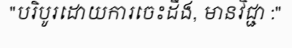
"បរិបូរដោយការចេះដឹង, មានវិជ្ជា :"